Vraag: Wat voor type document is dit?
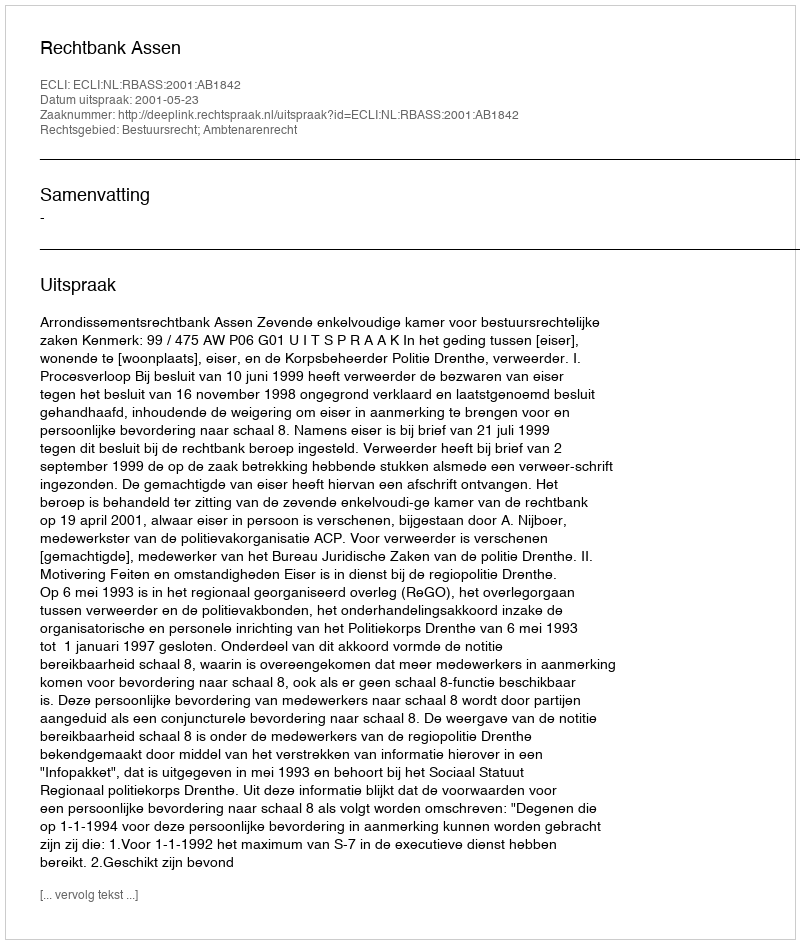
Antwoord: Uitspraak